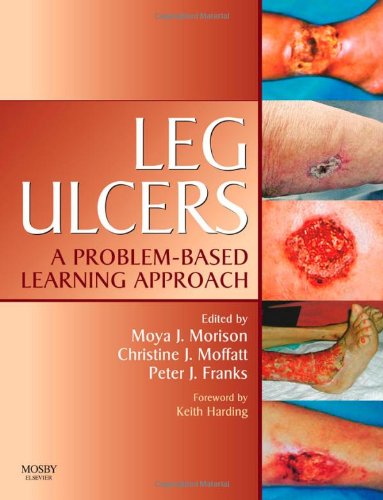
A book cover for Leg Ulcers: A Problem-Based Learning Approach, 1e; Moya Morison BA  BSc(Hons)  MSc  PhD   PGCE  RGN; Health, Fitness & Dieting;